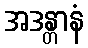
အဒန္တာနံ